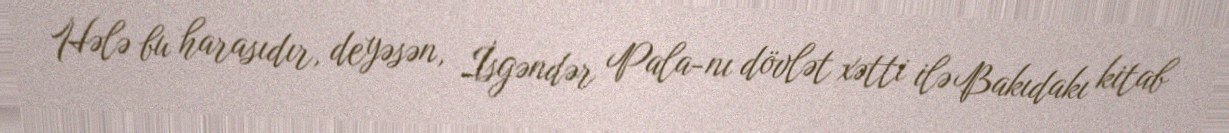
Hələ bu harasıdır, deyəsən, İsgəndər Pala-nı dövlət xətti ilə Bakıdakı kitab